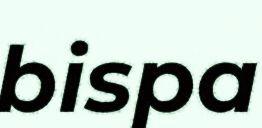
bispa